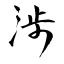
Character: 涉